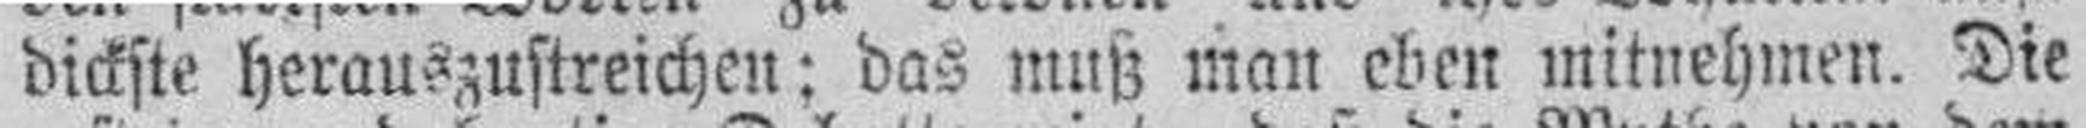
dickste herauszustreichen; das muß man eben mitnehmen. Die